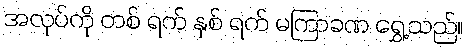
အလုပ်ကို တစ် ရက် နှစ် ရက် မကြာခဏ ရွှေ့သည်။